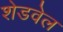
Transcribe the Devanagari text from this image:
शेडवेल